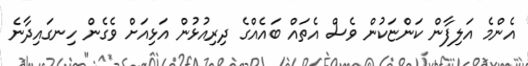
އެންމެ އަލިފާން ކަންޏަކުން ވެސް އެތައް ބައެއްގެ ދިރިއުޅުން އަޅިއަށް ވެގެން ހިނގައިދާނެ